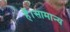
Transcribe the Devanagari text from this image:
हैं।सामान्य